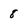
Character: 8